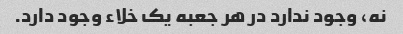
نه، وجود ندارد در هر جعبه یک خلاء وجود دارد.